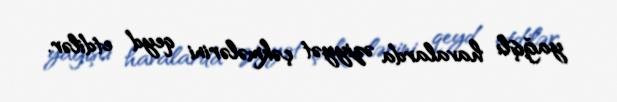
yağışlı havalarda əziyyət çəkmələrini qeyd etdilər.